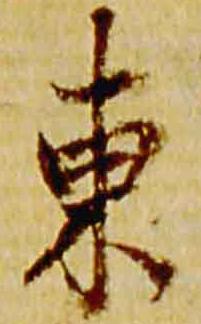
東